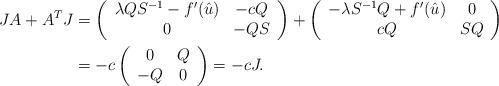
LaTeX: \begin{align*}\begin{aligned}JA+A^TJ & =\left(\begin{array}{c c}\lambda QS^{-1}-f'(\hat{u}) & -cQ\\0 & -QS\end{array}\right)+\left(\begin{array}{c c}-\lambda S^{-1}Q+f'(\hat{u}) & 0\\cQ & SQ\end{array}\right)\\& = -c\left(\begin{array}{c c}0 & Q\\-Q & 0\end{array}\right)=-cJ.\end{aligned}\end{align*}